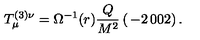
T _ { \mu } ^ { ( 3 ) \nu } = \Omega ^ { - 1 } ( r ) \frac { Q } { M ^ { 2 } } \left( \begin{matrix} { - 2 } & { 0 } \\ { 0 } & { 2 } \\ \end{matrix} \right) .